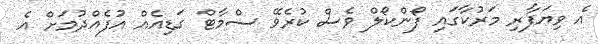
އެ ވިޔަފާރި މަރުކާގައި ފޯންކޯލް ވެސް ކުރެވޭ ސްމާޓް ގަޑިއެއް އުފެއްދުމަށް އެ